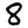
Digit: 8